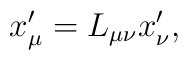
x_\mu ^{\prime }=L_{\mu \nu }x_\nu ^{\prime } ,